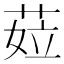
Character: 𦲨